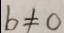
b \neq 0